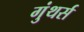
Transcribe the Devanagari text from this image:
गुंथर्स